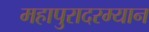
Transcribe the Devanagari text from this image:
महापुरादरम्यान